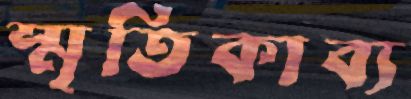
স্মৃতিকাব্য